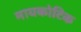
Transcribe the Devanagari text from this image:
मायकोटिक